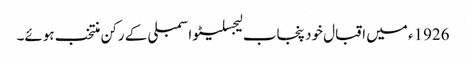
1926ء میں اقبال خود پنجاب لیجسلیٹو اسمبلی کے رکن منتخب ہوئے۔